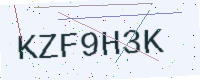
Text: KZF9H3K